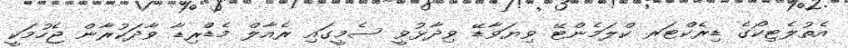
އެތުލެޓިކޯގެ ޑިރެކްޓަރ ކްލަމެންޓޭ ވިޔަވާޑޭ ވިދާޅުވީ ސެމީގައި ރެއާލް މެޑްރިޑާ ވާދަކުރާން ޖެހުމަކީ